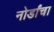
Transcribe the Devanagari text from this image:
नोर्डांचा